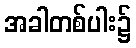
အခါတစ်ပါး၌